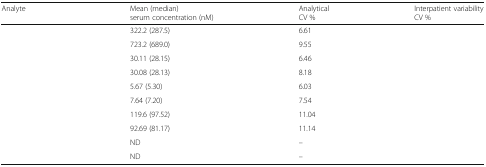
<table><thead><tr><td><b>Analyte</b></td><td><b>Mean (median)serum concentration (nM)</b></td><td><b>AnalyticalCV %</b></td><td><b>Interpatient variabilityCV %</b></td></tr></thead><tbody><tr><td>[EMPTY_CELL]</td><td>322.2 (287.5)</td><td>6.61</td><td>[EMPTY_CELL]</td></tr><tr><td>[EMPTY_CELL]</td><td>723.2 (689.0)</td><td>9.55</td><td>[EMPTY_CELL]</td></tr><tr><td>[EMPTY_CELL]</td><td>30.11 (28.15)</td><td>6.46</td><td>[EMPTY_CELL]</td></tr><tr><td>[EMPTY_CELL]</td><td>30.08 (28.13)</td><td>8.18</td><td>[EMPTY_CELL]</td></tr><tr><td>[EMPTY_CELL]</td><td>5.67 (5.30)</td><td>6.03</td><td>[EMPTY_CELL]</td></tr><tr><td>[EMPTY_CELL]</td><td>7.64 (7.20)</td><td>7.54</td><td>[EMPTY_CELL]</td></tr><tr><td>[EMPTY_CELL]</td><td>119.6 (97.52)</td><td>11.04</td><td>[EMPTY_CELL]</td></tr><tr><td>[EMPTY_CELL]</td><td>92.69 (81.17)</td><td>11.14</td><td>[EMPTY_CELL]</td></tr><tr><td>[EMPTY_CELL]</td><td>ND</td><td>–</td><td>[EMPTY_CELL]</td></tr><tr><td>[EMPTY_CELL]</td><td>ND</td><td>–</td><td>[EMPTY_CELL]</td></tr></tbody></table>